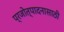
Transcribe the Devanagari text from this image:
प्रजोत्पादनासाठी